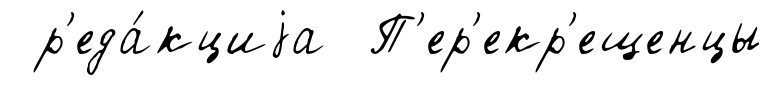
р'еда́кциjа П'ер'екр'ещенцы